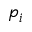
p _ { i }